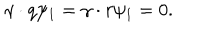
\gamma \cdot q \psi _ { 1 } = \gamma \cdot r \psi _ { 1 } = 0 .